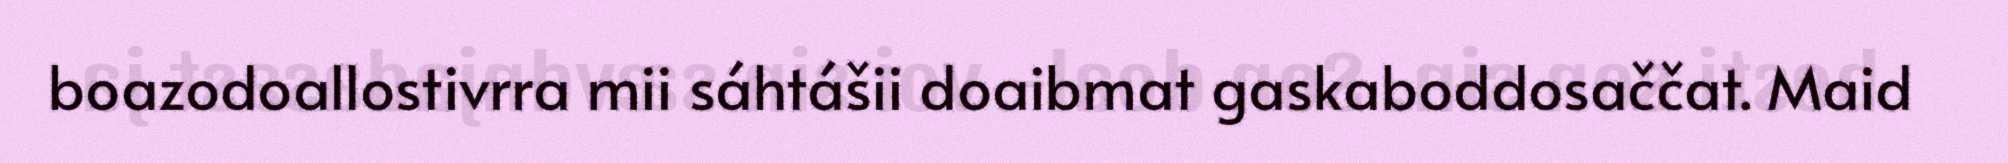
boazodoallostivrra mii sáhtášii doaibmat gaskaboddosaččat. Maid